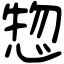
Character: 惣